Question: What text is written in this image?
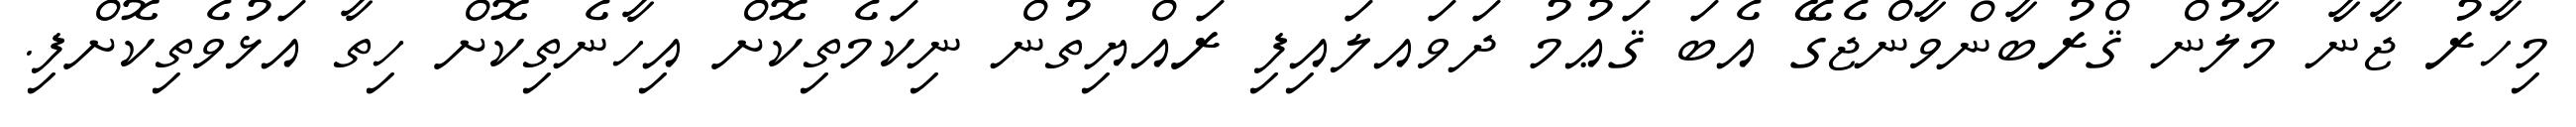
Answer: މިހާރު ޖާނާ މާލުން ޤްރުބާންވާންޖެގޭ އެބަ ޤަޢުމު ދަވައލައިފި ރައްޔިތުން ނިކަމެތިކޮށް އިހާނެތިކޮށް ހިތާ އަޅުވެތިކޮށްފި.